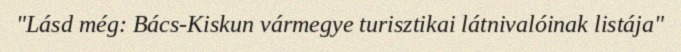
"Lásd még: Bács-Kiskun vármegye turisztikai látnivalóinak listája"